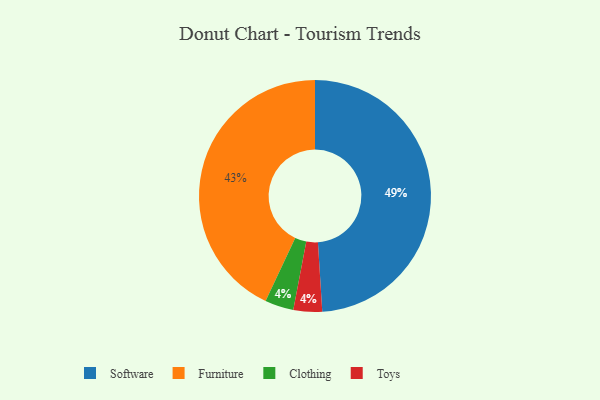
{"axis": {"x": "Category", "y": "Percentage"}, "legend": ["Clothing", "Furniture", "Software", "Toys"], "data": [{"x": "Software", "y": 49, "type": "Software"}, {"x": "Furniture", "y": 43, "type": "Furniture"}, {"x": "Clothing", "y": 4, "type": "Clothing"}, {"x": "Toys", "y": 4, "type": "Toys"}]}